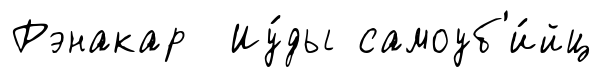
Рэнакар Иу́ды самоуб'и́йц